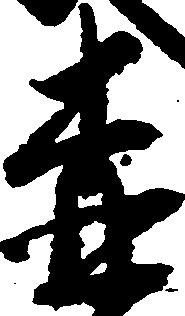
森